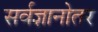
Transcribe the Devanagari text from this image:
सर्वज्ञानोतर